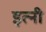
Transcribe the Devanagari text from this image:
इत्नी